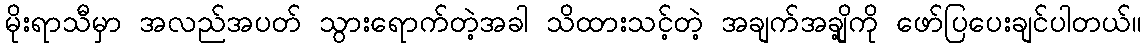
မိုးရာသီမှာ အလည်အပတ် သွားရောက်တဲ့အခါ သိထားသင့်တဲ့ အချက်အချို့ကို ဖော်ပြပေးချင်ပါတယ်။